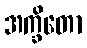
အက္ခိတော